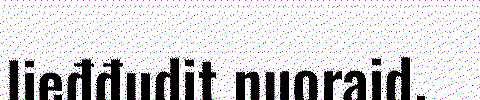
lieđđudit nuoraid.